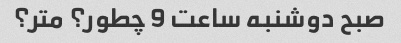
صبح دوشنبه ساعت 9 چطور؟ متر؟